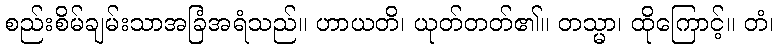
စည်းစိမ်ချမ်းသာအခြံအရံသည်။ ဟာယတိ၊ ယုတ်တတ်၏။ တသ္မာ၊ ထိုကြောင့်။ တံ၊